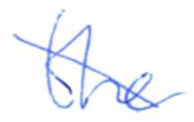
Text: the
Cross-out: diagonal
Writing tool: ballpoint